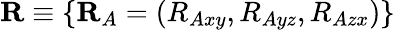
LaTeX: \mathbf{R}\equiv\{ \mathbf{R}_{A}=(R_{Axy},R_{Ayz},R_{Azx})\}